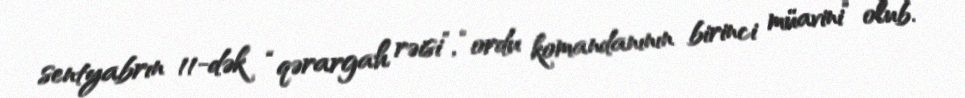
sentyabrın 11-dək “qərargah rəisi”, “ordu komandanının birinci müavini” olub.